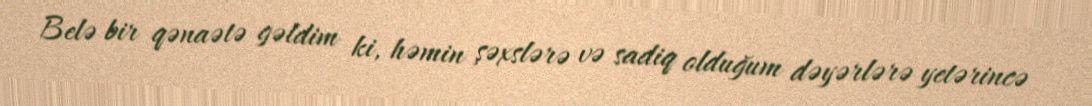
Belə bir qənaətə gəldim ki, həmin şəxslərə və sadiq olduğum dəyərlərə yetərincə